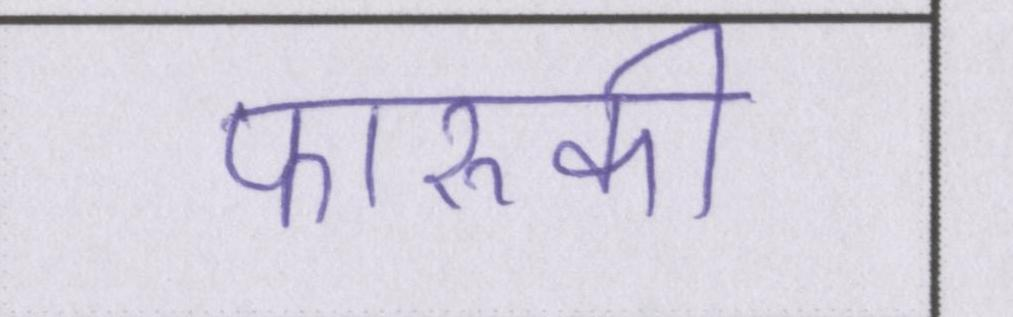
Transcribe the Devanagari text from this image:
फारूकी